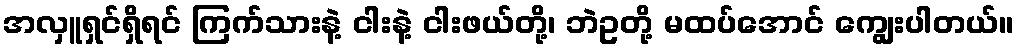
အလှူရှင်ရှိရင် ကြက်သားနဲ့ ငါးနဲ့ ငါးဖယ်တို့၊ ဘဲဥတို့ မထပ်အောင် ကျွေးပါတယ်။